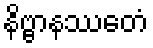
နိဗ္ဗာနဿေတံ